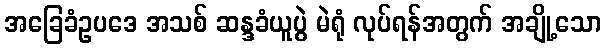
အခြေခံဥပဒေ အသစ် ဆန္ဒခံယူပွဲ မဲရုံ လုပ်ရန်အတွက် အချို့သော